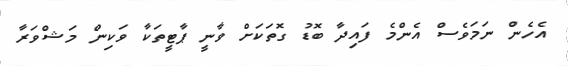
އެހެން ނަމަވެސް އެންމެ ފައިދާ ބޮޑު ގޮތަކަށް ވާނީ ޕާޓީތަކާ ވަކިން މަޝްވަރާ